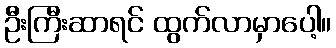
ဦးကြီးဆာရင် ထွက်လာမှာပေါ့။